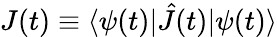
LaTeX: J(t)\equiv\langle\psi(t)|\hat{J}(t)|\psi(t)\rangle